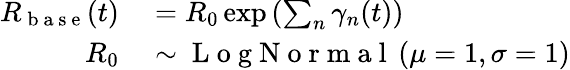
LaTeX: \begin{array}{rl}{R_{\mathrm{~b~a~s~e~}}(t)}&{{}=R_{0}\exp\left(\sum_{n}\gamma_{n}(t)\right)}\\ {R_{0}}&{{}\sim\mathrm{~L~o~g~N~o~r~m~a~l~}\left(\mu=1,\sigma=1\right)}\end{array}